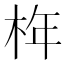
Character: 𣑻